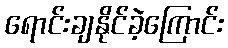
ရောင်းချနိုင်ခဲ့ကြောင်း